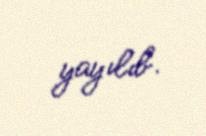
yayılıb.